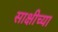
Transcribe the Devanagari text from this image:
साक्षीच्या